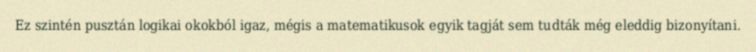
Ez szintén pusztán logikai okokból igaz, mégis a matematikusok egyik tagját sem tudták még eleddig bizonyítani.